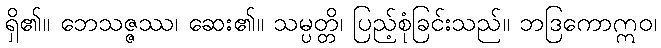
ရှိ၏။ ဘေသဇ္ဇဿ၊ ဆေး၏။ သမ္ပတ္တိ၊ ပြည့်စုံခြင်းသည်။ ဘဒြကောဣဝ၊